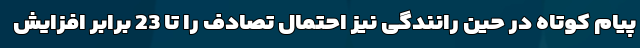
پیام کوتاه در حین رانندگی نیز احتمال تصادف را تا 23 برابر افزایش